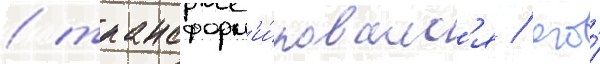
/ трансформ'и́ровалс'я / его́